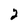
Character: 2